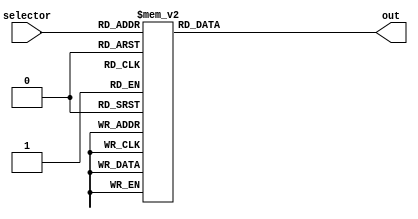
/*
   This file was generated automatically by Alchitry Labs version 1.2.7.
   Do not edit this file directly. Instead edit the original Lucid source.
   This is a temporary file and any changes made to it will be destroyed.
*/

module white_alphabets_21 (
    input [4:0] selector,
    output reg [599:0] out
  );
  
  
  
  always @* begin
    
    case (selector)
      5'h01: begin
        out = 600'h000000000000111111000000000000000000111111000000111111000000111111000000000000000000111111111111111111111111111111111111111111000000000000000000111111;
      end
      5'h02: begin
        out = 600'h000000111111111111111111111111111111000000000000000000111111000000111111111111111111111111111111000000000000000000111111000000111111111111111111111111;
      end
      5'h03: begin
        out = 600'h000000111111111111111111000000111111000000000000000000111111000000000000000000000000111111111111000000000000000000111111000000111111111111111111000000;
      end
      5'h04: begin
        out = 600'h000000111111111111111111111111111111000000000000000000111111111111000000000000000000111111111111000000000000000000111111000000111111111111111111111111;
      end
      5'h05: begin
        out = 600'h111111111111111111111111111111111111000000000000000000000000000000000000111111111111111111111111000000000000000000000000111111111111111111111111111111;
      end
      5'h06: begin
        out = 600'h111111111111111111111111111111111111000000000000000000000000000000000000111111111111111111111111000000000000000000000000000000000000000000000000111111;
      end
      5'h07: begin
        out = 600'h111111111111111111111111000000111111000000000000000000000000111111111111000000000000111111111111000000000000000000111111000000111111111111111111111111;
      end
      5'h08: begin
        out = 600'h111111000000000000000000111111111111000000000000000000111111111111111111111111111111111111111111000000000000000000111111111111000000000000000000111111;
      end
      5'h09: begin
        out = 600'h111111111111111111111111111111000000000000111111000000000000000000000000111111000000000000000000000000111111000000000000111111111111111111111111111111;
      end
      5'h0a: begin
        out = 600'h111111111111111111111111111111000000000000000000111111000000000000111111000000000000000000111111000000000000111111000000000000111111111111111111000000;
      end
      5'h0b: begin
        out = 600'h111111000000000000000000111111111111000000000000111111000000000000000000111111111111111111111111000000000000111111000000111111000000000000000000111111;
      end
      5'h0c: begin
        out = 600'h000000000000000000000000111111111111000000000000000000000000000000000000000000000000111111111111000000000000000000000000111111111111111111111111111111;
      end
      5'h0d: begin
        out = 600'h111111000000000000000000111111111111111111000000111111111111111111000000111111000000111111111111000000000000000000111111111111000000000000000000111111;
      end
      5'h0e: begin
        out = 600'h111111000000000000000000111111111111111111000000000000111111111111000000111111000000111111111111000000000000111111111111111111000000000000000000111111;
      end
      5'h0f: begin
        out = 600'h000000111111111111111111000000111111000000000000000000111111111111000000000000000000111111111111000000000000000000111111000000111111111111111111000000;
      end
      5'h10: begin
        out = 600'h000000111111111111111111111111111111000000000000000000111111000000111111111111111111111111111111000000000000000000000000000000000000000000000000111111;
      end
      5'h11: begin
        out = 600'h000000111111111111111111000000111111000000000000000000111111111111000000111111000000111111111111000000000000111111000000111111000000111111111111000000;
      end
      5'h12: begin
        out = 600'h000000111111111111111111000000111111000000000000000000111111111111111111111111111111111111111111000000000000111111000000111111000000000000000000111111;
      end
      5'h13: begin
        out = 600'h000000111111111111111111111111111111000000000000000000000000000000111111111111111111000000000000000000000000000000111111111111111111111111111111000000;
      end
      5'h14: begin
        out = 600'h111111111111111111111111111111000000000000111111000000000000000000000000111111000000000000000000000000111111000000000000000000000000111111000000000000;
      end
      5'h15: begin
        out = 600'h111111000000000000000000111111111111000000000000000000111111111111000000000000000000111111111111000000000000000000111111000000111111111111111111000000;
      end
      5'h16: begin
        out = 600'h111111000000000000000000111111111111000000000000000000111111111111000000000000000000111111000000111111000000111111000000000000000000111111000000000000;
      end
      5'h17: begin
        out = 600'h111111000000000000000000111111111111000000000000000000111111111111000000111111000000111111111111111111000000111111111111111111000000000000000000111111;
      end
      5'h18: begin
        out = 600'h111111000000000000000000111111000000111111000000111111000000000000000000111111000000000000000000111111000000111111000000111111000000000000000000111111;
      end
      5'h19: begin
        out = 600'h111111000000000000000000111111000000111111000000111111000000000000000000111111000000000000000000000000111111000000000000000000000000111111000000000000;
      end
      5'h1a: begin
        out = 600'h111111111111111111111111111111000000000000000000111111000000000000000000111111000000000000000000111111000000000000000000111111111111111111111111111111;
      end
      default: begin
        out = 600'h000000000000000000000000000000000000000000000000000000000000000000000000000000000000000000000000000000000000000000000000000000000000000000000000000000;
      end
    endcase
  end
endmodule